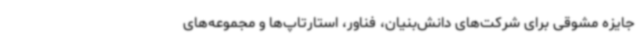
جایزه مشوقی برای شرکت‌های دانش‌بنیان، فناور، استارتاپ‌ها و مجموعه‌های